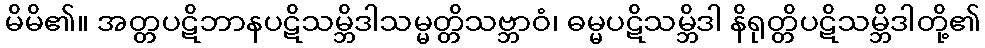
မိမိ၏။ အတ္တပဋိဘာနပဋိသမ္ဘိဒါသမ္မတ္တိသဗ္ဘာဝံ၊ ဓမ္မပဋိသမ္ဘိဒါ နိရုတ္တိပဋိသမ္ဘိဒါတို့၏